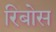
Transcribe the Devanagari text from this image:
रिबोस